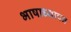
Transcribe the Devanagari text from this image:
भाषाध्यापन